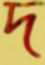
দ